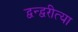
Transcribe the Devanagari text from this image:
द्वन्द्वरीत्या